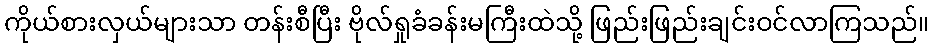
ကိုယ်စားလှယ်များသာ တန်းစီပြီး ဗိုလ်ရှုခံခန်းမကြီးထဲသို့ ဖြည်းဖြည်းချင်းဝင်လာကြသည်။